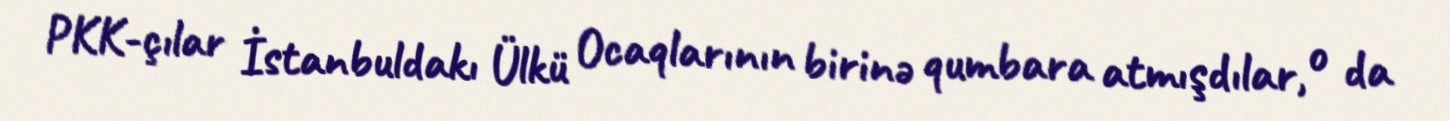
PKK-çılar İstanbuldakı Ülkü Ocaqlarının birinə qumbara atmışdılar, o da